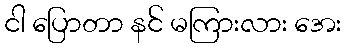
ငါ ပြောတာ နင် မကြားလား အေး